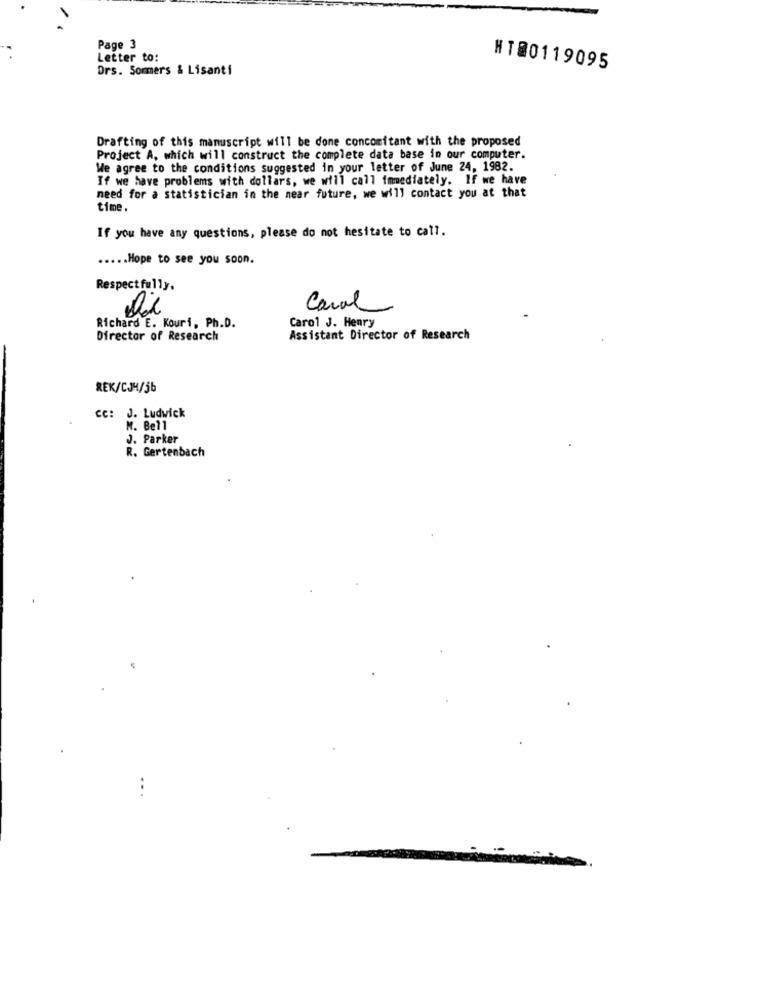
Page 3
Letter to:
Drs. Sommers & Lisanti
NT00119095
Drafting of this manuscript will be done concomitant with the proposed
Project A, which will construct the complete data base in our computer.
We agree to the conditions suggested in your letter of June 24, 1982.
If we have problems with dollars, we will call immediately. If we have
need for a statistician in the near future, we will contact you at that
time.
If you have any questions, please do not hesitate to call.
..... Hope to see you soon.
Respectfully.
0
Canal
Richard E. Kouri, Ph.D.
Carol J. Henry
Director of Research
Assistant Director of Research
REK/CJ4/5b
cc: J. Ludwick
M. Bell
J. Parker
R. Gertenbach